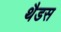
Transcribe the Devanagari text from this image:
थैडस